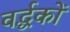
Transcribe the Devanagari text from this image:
वर्द्धकों